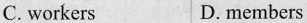
C. workers D. members